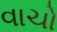
વાચો